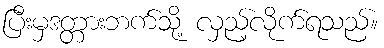
ပြီးမှဒတ္တားဘက်သို့ လှည့်လိုက်ရသည်။